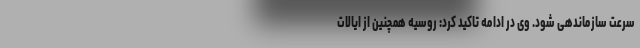
سرعت سازماندهی شود. وی در ادامه تاکید کرد: روسیه همچنین از ایالات